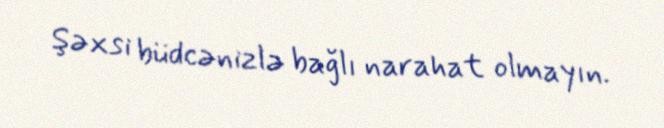
Şəxsi büdcənizlə bağlı narahat olmayın.